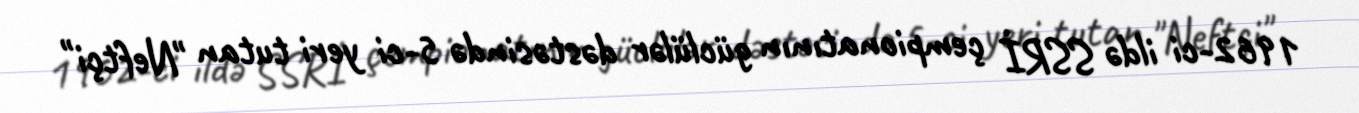
1962-ci ildə SSRİ çempionatının güclülər dəstəsində 5-ci yeri tutan "Neftçi"